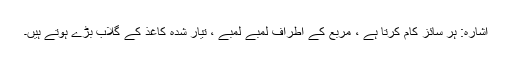
اشارہ: ہر سائز کام کرتا ہے ، مربع کے اطراف لمبے لمبے ، تیار شدہ کاغذ کے گلاب بڑے ہوتے ہیں۔